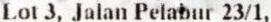
LOT 3, JALAN PELABUR 23/1,